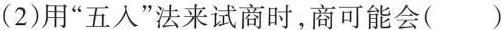
(2)用”五入”法来试商时，商可能会()